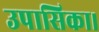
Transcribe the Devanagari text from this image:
उपासिका।